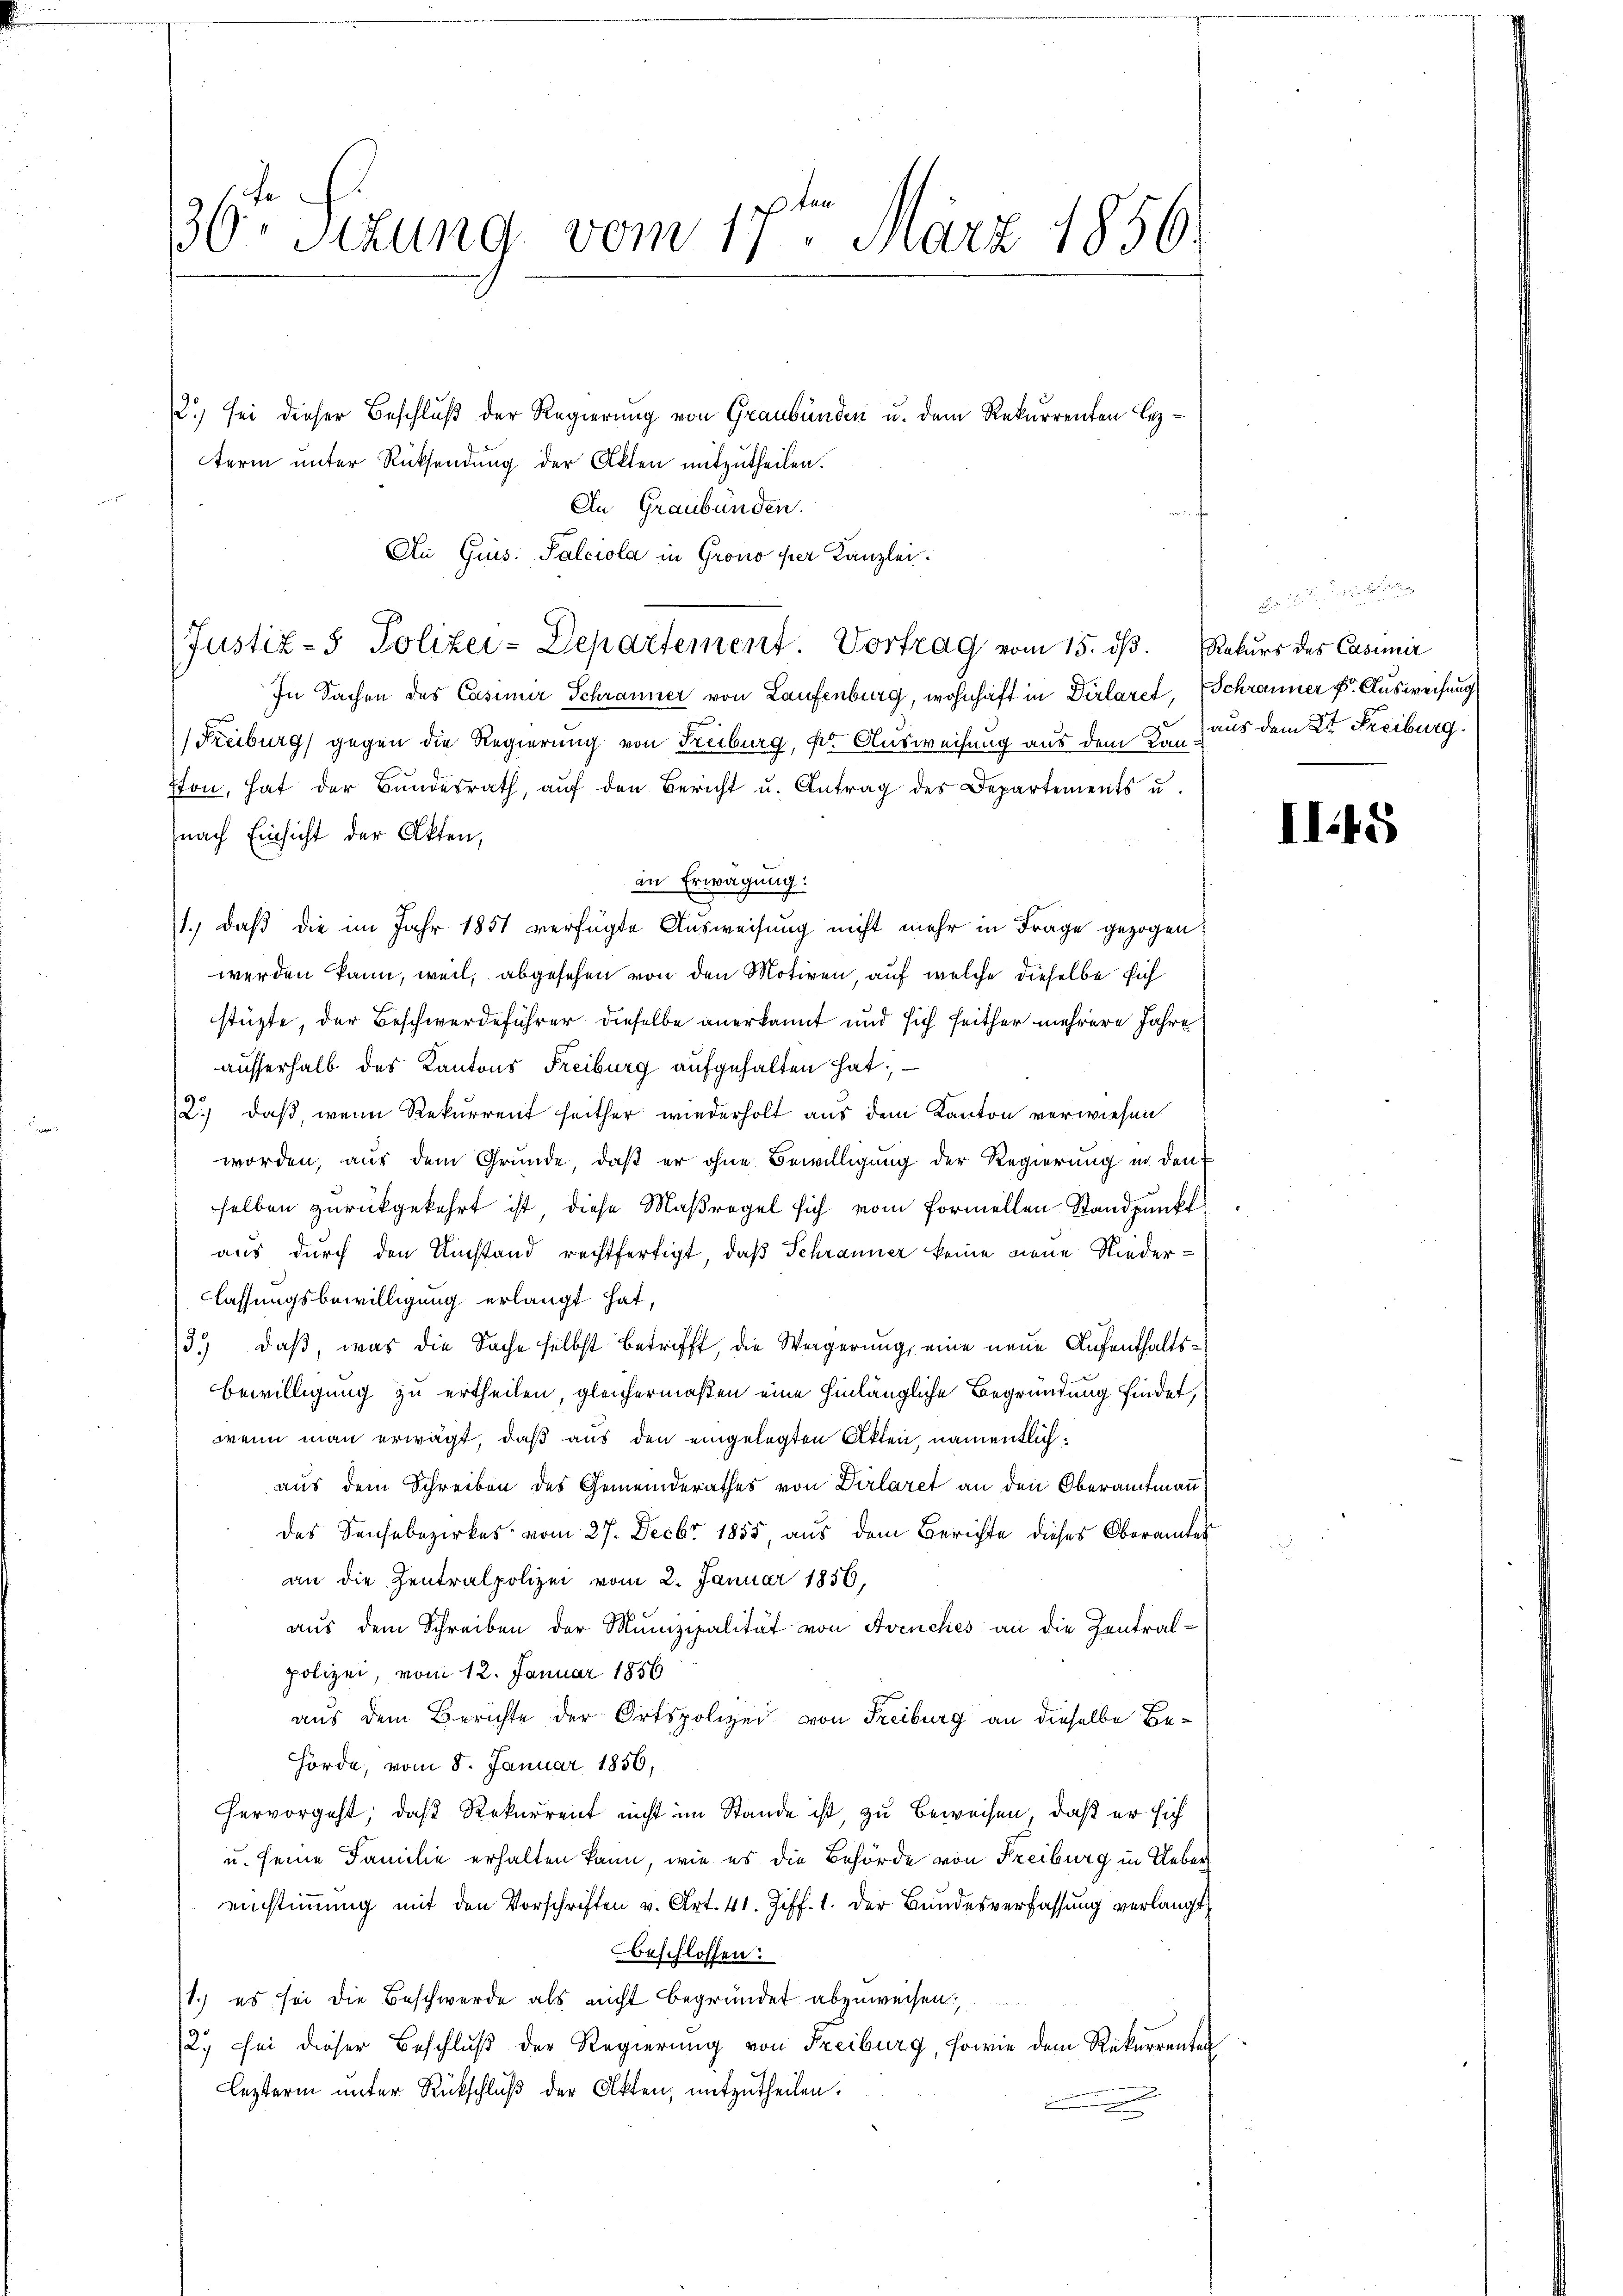
1 ten
36. Sitzung vom 11. März 1856.

12.) sei dieser Beschluß der Regierung von Graubünden u. dem Rekurrenten Geterm unter Rücksendung der Akten mitzutheilen.
An Graubünden.
An Grus: Salciola in Grono per Kanzlei.
In Sachen des Casimir Schranner von Laufenburg, wohnhaft in Dirlaret, Schranner k. Ausweisung
Freiburg) gegen die Regierung von Freiburg, der Ausweisung aus dem den aus dem 2t Freiburg.
ston, hat der Bŭndesrath, aŭf den Bericht u. Antrag des Departements u.
nach Einsicht der Akten,
in Erwägung:
1.) daß die im Jahr 1851 verfügte Ausweisung nicht mehr in Frage gezogen
werden kann, weil, abgesehen von den Motiven, auf welche dieselbe sich
stüzte, der Beschwerdeführer dieselbe anerkannt und sich seither mehrere Jahre
ausserhalb des Kantons Freiburg aufgehalten hat; —
2.) daß, wenn Rekurrent seither wiederholt aus dem Kanton verwiesen
worden, aus dem Grunde, daβ er ohne Bewilligung der Regierung in den
selben zurückgekehrt ist, diese Maßregel sich vom formellen Standpunkt
aus durch den Umstand rechtfertigt, daß Schranner keine neue Niederlassungsbewilligung erlangt hat,
3.) daß, was die Sache selbst betrifft, die Weigerung, eine neue Aufenthalts¬
Bewilligung zu ertheilen, gleichermaßen eine hinlängliche Begründung findet,
wenn man erwägt, daß aus den eingelegten Akten, namentlichaus dem Schreiben des Gemeinderathes von Dirlaret an den Oberamtmann
des Sachebezirkes vom 27. Decbr 1855, aus dem Berichte dieses Oberamtes
an die Zentralpolizei vom 2. Januar 1856,
aus dem Schreiben der Munizipalität von Avenches an die Zentralpolizei, vom 12. Januar 1856
aus dem Berichte der Ortspolizei von Freiburg an dieselbe Behörde, vom 8. Januar 1856,
hervorgeht; daß Rekurrent nicht im Stande ist, zu beweisen, daß er sich
u. seine Familie erhalten kann, wie es die Behörde von Freiburg in Ueber
einstimmung mit den Vorschriften v. Art. 41. Ziff. 1. der Bŭndesverfassŭng verlangt,
beschlossen:
1.) es sei die Beschwerde als nicht begründet abzuweisen;
2.) Sei dieser Beschluß der Regierung von Freiburg, sowie dem Rekurrenten
Lezterm unter Rückschluß der Akten, mitzutheilen.
.

Justiz- Polizei-Departement. Vortrag vom 15. dβ. Rekurs des Casimir

22. Mit de

II15